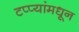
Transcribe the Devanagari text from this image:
टप्प्यांमधून